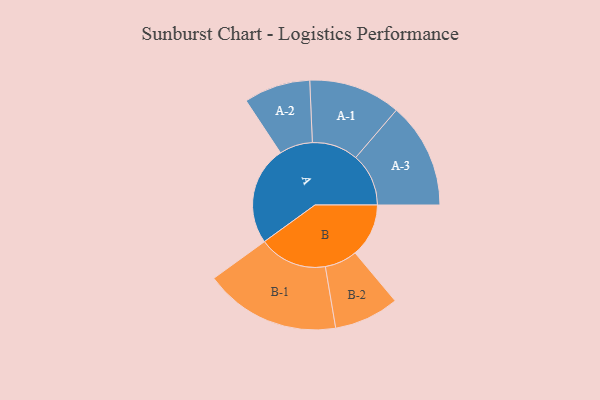
{"axis": {"x": "Segment", "y": "Value"}, "legend": ["", "A", "B"], "data": [{"x": "A", "y": 408, "type": ""}, {"x": "B", "y": 221, "type": ""}, {"x": "A-1", "y": 190, "type": "A"}, {"x": "A-2", "y": 137, "type": "A"}, {"x": "A-3", "y": 218, "type": "A"}, {"x": "B-1", "y": 281, "type": "B"}, {"x": "B-2", "y": 134, "type": "B"}]}